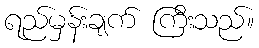
ရည်မှန်းချက် ကြီးသည်။